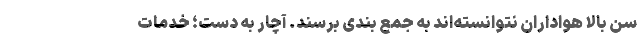
سن بالا هواداران نتوانسته‌اند به جمع بندی برسند. آچار به دست؛ خدمات